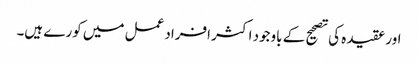
اور عقیدہ کی تصحیح کے باوجود اکثر افراد عمل میں کورے ہیں۔